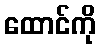
ထောင်ကို